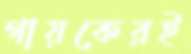
গায়কেরই